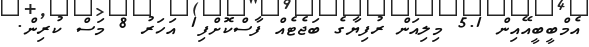
އެމްބީބީއޭއިން 5.1 މިލިއަން ރުފިޔާގެ ބަޖެޓެއް ފާސްކޮށްފި1 އަހަރު 8 މަސް ކުރިން.